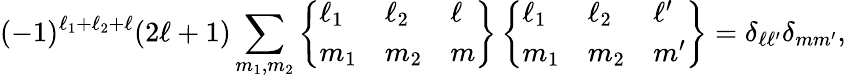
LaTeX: (-1)^{\ell_{1}+\ell_{2}+\ell}(2\ell+1)\sum_{m_{1},m_{2}}\left\{ \begin{array}{lll}{\ell_{1}}&{\ell_{2}}&{\ell}\\ {m_{1}}&{m_{2}}&{m}\end{array}\right\} \left\{ \begin{array}{lll}{\ell_{1}}&{\ell_{2}}&{\ell^{\prime}}\\ {m_{1}}&{m_{2}}&{m^{\prime}}\end{array}\right\} =\delta_{\ell\ell^{\prime}}\delta_{mm^{\prime}},